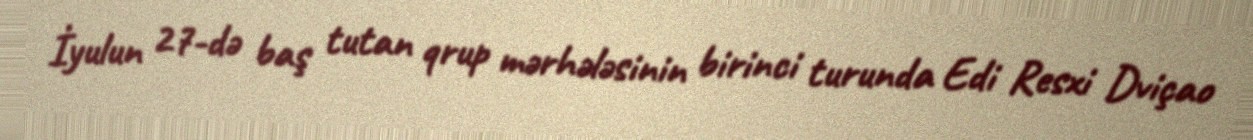
İyulun 27-də baş tutan qrup mərhələsinin birinci turunda Edi Resxi Dviçao